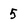
Character: 5